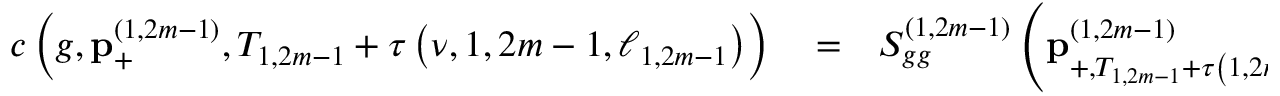
\begin{array} { r l r } { c \left( g , \mathbf { p } _ { + } ^ { \left( 1 , 2 m - 1 \right) } , T _ { 1 , 2 m - 1 } + \tau \left( \nu , 1 , 2 m - 1 , \ell _ { 1 , 2 m - 1 } \right) \right) } & { { } = } & { S _ { g g } ^ { \left( 1 , 2 m - 1 \right) } \left( \mathbf { p } _ { + , T _ { 1 , 2 m - 1 } + \tau \left( 1 , 2 m - 1 , \ell _ { 1 , 2 m - 1 } \right) } ^ { \left( 1 , 2 m - 1 \right) } - \hbar \mathbf { k } / 2 \right) } \end{array}